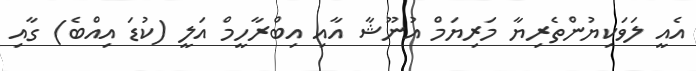
އެއީ ލަވަކިޔުންތެރިޔާ މަރިޔަމް އުނޫޝާ އާއި އިބްރާހީމް އަލީ (ކުޑަ އިއްބެ) ގާއި